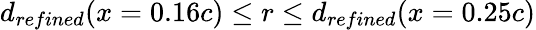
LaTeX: d_{refined}(x=0.16c)\leq r\leq d_{refined}(x=0.25c)